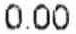
0.00